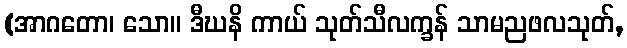
(အာဂတော၊ သော။ ဒီဃနိ ကာယ် သုတ်သီလက္ခန် သာမညဖလသုတ်,